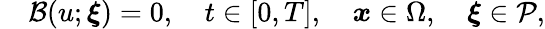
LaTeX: \begin{array}{r}{\quad\mathcal{B}(u;\boldsymbol{\xi})=0,\quad t\in[0,T],\quad\boldsymbol{x}\in\Omega,\quad\boldsymbol{\xi}\in\mathcal{P},}\end{array}